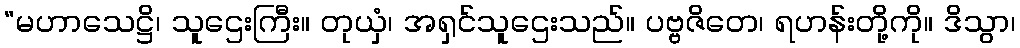
“မဟာသေဋ္ဌိ၊ သူဌေးကြီး။ တုယှံ၊ အရှင်သူဌေးသည်။ ပဗ္ဗဇိတေ၊ ရဟန်းတို့ကို။ ဒိသွာ၊